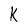
Character: K